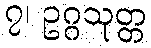
၇၊ ဥဂ္ဂသုတ္တ